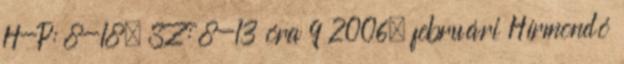
H-P: 8-18, SZ: 8-13 óra 9 2006. februári Hírmondó